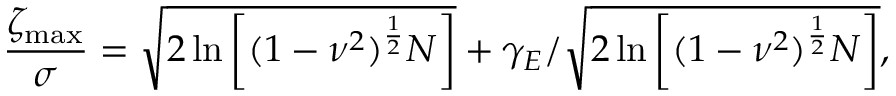
\frac { \zeta _ { \operatorname* { m a x } } } { \sigma } = \sqrt { 2 \ln \left[ ( 1 - \nu ^ { 2 } ) ^ { \frac { 1 } { 2 } } N \right] } + \gamma _ { E } / \sqrt { 2 \ln \left[ ( 1 - \nu ^ { 2 } ) ^ { \frac { 1 } { 2 } } N \right] } ,